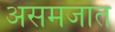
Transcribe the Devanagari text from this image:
असमजात